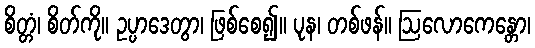
စိတ္တံ၊ စိတ်ကို။ ဥပ္ပာဒေတွာ၊ ဖြစ်စေ၍။ ပုန၊ တစ်ဖန်။ ဩလောကေန္တော၊